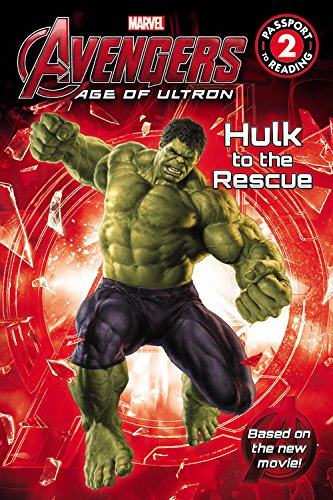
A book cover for Marvel's Avengers: Age of Ultron: Hulk to the Rescue (Passport to Reading Level 2); Adam Davis; Children's Books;